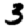
Digit: 3